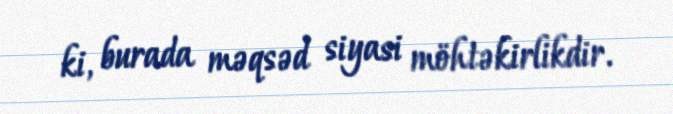
ki, burada məqsəd siyasi möhtəkirlikdir.